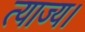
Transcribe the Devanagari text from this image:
त्याज्य।